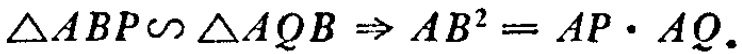
\(\triangle ABP\sim \triangle AQB\Rightarrow AB^{2}=AP\cdot AQ\)